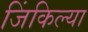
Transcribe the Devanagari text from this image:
जिंकिल्या